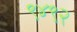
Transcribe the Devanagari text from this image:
९४९२